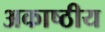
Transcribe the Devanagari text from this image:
अकाष्ठीय